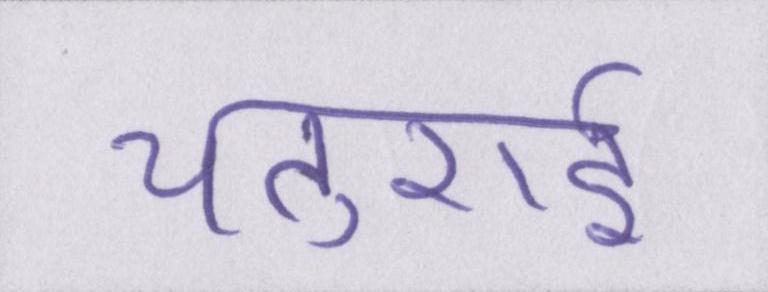
चतुराई